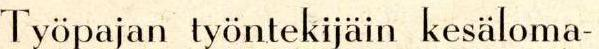
Työpajan työntekijäin kesäloma-